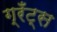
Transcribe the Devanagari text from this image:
ग्रँट्स